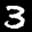
Label: 3